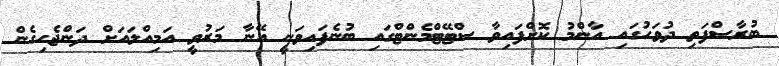
ބުރާސްފަތި ދުވަހުގައި އާންމު ކޮށްފައިވާ ސްޓޭޓްމެންޓްގައި ބުނެފައިވަނީ އޭނާ މަރުވީ އަމިއްލައަށް ދަންޖެހިގެން